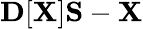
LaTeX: {\mathbf D}[{\mathbf X}]{\mathbf S}-{\mathbf X}